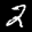
Label: 2